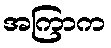
အကြာက